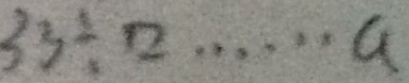
3 3 \div \square \cdots a